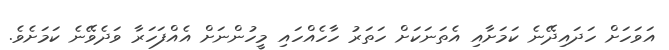
އަވަހަށް ހަދައިދޭނެ ކަމަށާއި އެތަނަކަށް ހަތަރު ހާހެއްހައި މީހުންނަށް އެއްފަހަރާ ވަދެވޭނެ ކަމަށެވެ.